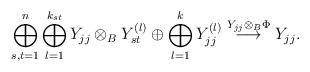
LaTeX: \begin{align*}\bigoplus_{s,t=1}^n\bigoplus_{l=1}^{k_{st}} Y_{jj}\otimes_B Y_{st}^{(l)}\oplus \bigoplus_{l=1}^{k} Y_{jj}^{(l)}\overset{Y_{jj}\otimes_B \Phi}{\longrightarrow} Y_{jj}.\end{align*}